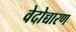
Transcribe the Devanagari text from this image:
वेदोच्चारण